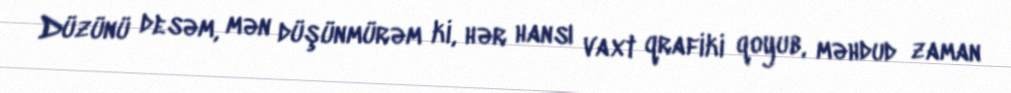
Düzünü desəm, mən düşünmürəm ki, hər hansı vaxt qrafiki qoyub, məhdud zaman